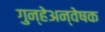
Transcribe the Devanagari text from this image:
गुन्हेअन्वेषक